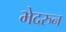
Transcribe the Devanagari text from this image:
भेदरुन